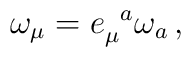
\omega_{\mu}=e_{\mu}^{\,\,\,\,a}\omega_a\,{,}